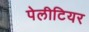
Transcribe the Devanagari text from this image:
पेलीटियर